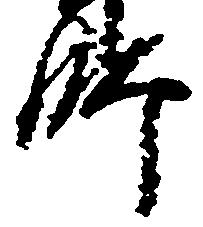
師